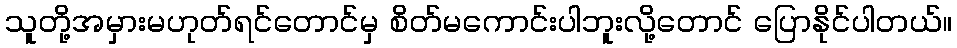
သူတို့အမှားမဟုတ်ရင်တောင်မှ စိတ်မကောင်းပါဘူးလို့တောင် ပြောနိုင်ပါတယ်။